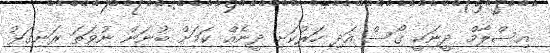
އިސްލާމް ދީނަކީ ގޯސް އަދި ހަރުކަށި ދީނެއް ކަމަށް ބުނަން ނުވަތަ ރަނގަޅު